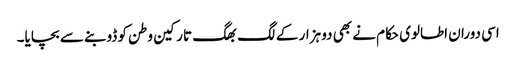
اسی دوران اطالوی حکام نے بھی دو ہزار کے لگ بھگ تارکین وطن کو ڈوبنے سے بچایا۔